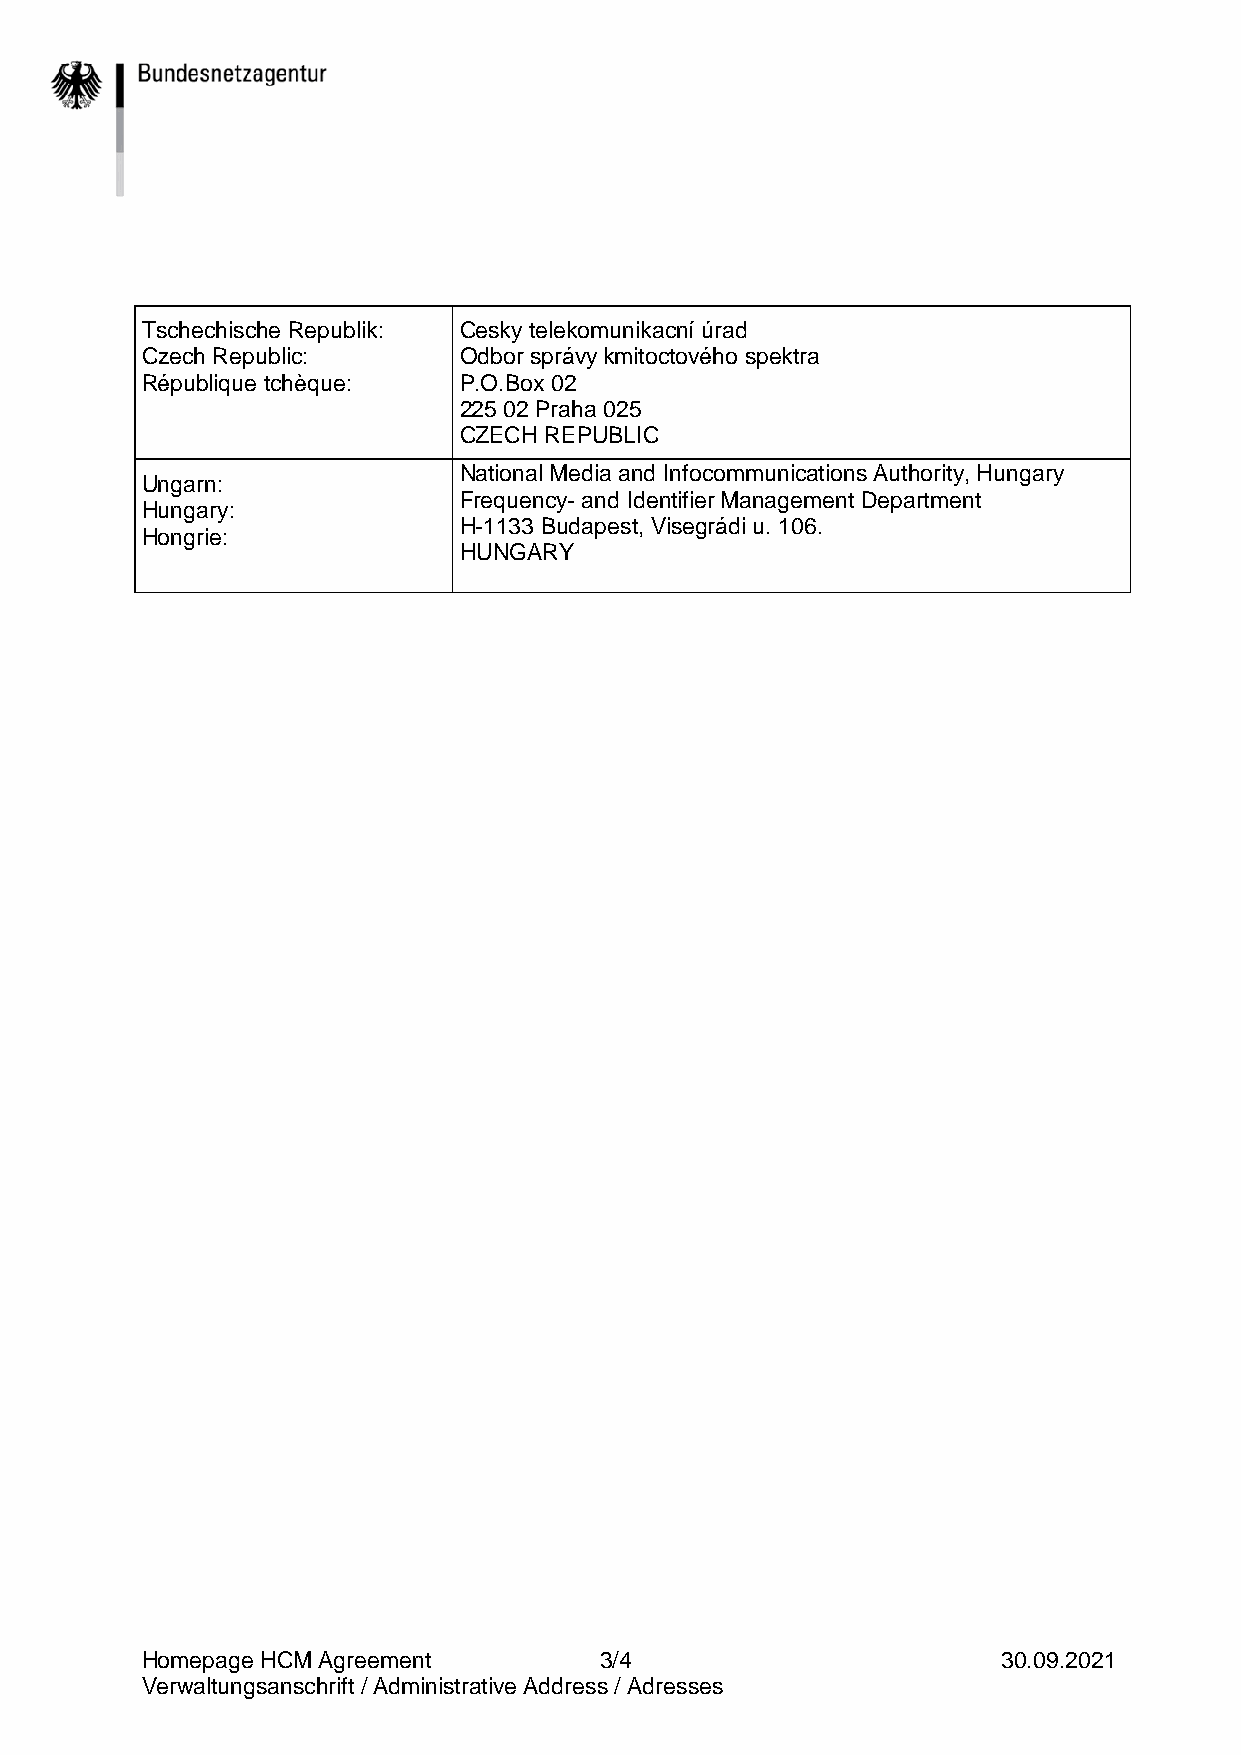
Tschechische Republik: Cesky telekomunikacní úrad
 Czech Republic:      Odbor správy kmitoctového spektra
 République tchèque:  P.O.Box 02
 225 02 Praha 025
 CZECH REPUBLIC
 National Media and Infocommunications Authority, Hungary
 Ungarn:
 Frequency- and Identifier Management Department
 Hungary:
 H-1133 Budapest, Visegrádi u. 106.
 Hongrie:
 HUNGARY
 Homepage HCM Agreement         3/4                       30.09.2021
 Verwaltungsanschrift / Administrative Address / Adresses